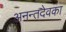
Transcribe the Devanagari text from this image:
अनन्तदेवका